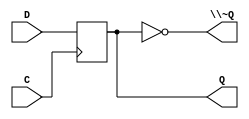
/*
 * Generated by Digital. Don't modify this file!
 * Any changes will be lost if this file is regenerated.
 */
module DIG_D_FF_1bit
#(
    parameter Default = 0
)
(
   input D,
   input C,
   output Q,
   output \~Q
);
    reg state;

    assign Q = state;
    assign \~Q = ~state;

    always @ (posedge C) begin
        state <= D;
    end

    initial begin
        state = Default;
    end
endmodule


module Mux_2x1_NBits #(
    parameter Bits = 2
)
(
    input [0:0] sel,
    input [(Bits - 1):0] in_0,
    input [(Bits - 1):0] in_1,
    output reg [(Bits - 1):0] out
);
    always @ (*) begin
        case (sel)
            1'h0: out = in_0;
            1'h1: out = in_1;
            default:
                out = 'h0;
        endcase
    end
endmodule

module DIG_D_FF_Nbit
#(
    parameter Bits = 2,
    parameter Default = 0
)
(
   input [(Bits-1):0] D,
   input C,
   output [(Bits-1):0] Q,
   output [(Bits-1):0] \~Q
);
    reg [(Bits-1):0] state;

    assign Q = state;
    assign \~Q = ~state;

    always @ (posedge C) begin
        state <= D;
    end

    initial begin
        state = Default;
    end
endmodule


module reset (
  input A,
  input B,
  input P1,
  input P2,
  input CLK,
  output RST,
  output RSTP
);
  wire s0;
  wire RST_temp;
  // RESET
  DIG_D_FF_1bit #(
    .Default(0)
  )
  DIG_D_FF_1bit_i0 (
    .D( s0 ),
    .C( CLK ),
    .Q( RST_temp ),
    .\~Q ( RSTP )
  );
  assign s0 = ((RST_temp & A & P1) | (RST_temp & A & B) | (A & ~ B & P1 & P2) | (~ B & ~ P1 & RST_temp) | (~ B & ~ A & RST_temp));
  assign RST = RST_temp;
endmodule

module mux1 (
  input A,
  input B,
  input R,
  input P1,
  input P2,
  output [1:0] MX1
);
  assign MX1[0] = ((~ A & B & R) | (A & ~ B & P1 & ~ P2) | (A & ~ B & ~ P1));
  assign MX1[1] = ((A & ~ B & ~ P1) | (A & ~ B & P2));
endmodule

module mux2 (
  input A,
  input B,
  input P1,
  input P2,
  output [1:0] MX2
);
  wire s0;
  wire s1;
  assign s1 = ~ B;
  assign s0 = (A & s1 & ~ P1);
  assign MX2[0] = (s0 | (A & s1 & ~ P2));
  assign MX2[1] = (s0 | (A & s1 & P2));
endmodule

module controller (
  input [3:0] DATA,
  input DA,
  input CLK,
  output [1:0] MUX1,
  output [1:0] MUX2
);
  wire s0;
  wire s1;
  wire s2;
  wire s3;
  wire s4;
  wire s5;
  wire s6;
  wire s7;
  wire s8;
  wire s9;
  wire s10;
  wire s11;
  wire s12;
  wire [3:0] s13;
  wire [3:0] s14;
  wire s15;
  wire s16;
  wire s17;
  // A
  DIG_D_FF_1bit #(
    .Default(0)
  )
  DIG_D_FF_1bit_i0 (
    .D( s0 ),
    .C( CLK ),
    .Q( s1 ),
    .\~Q ( s2 )
  );
  // B
  DIG_D_FF_1bit #(
    .Default(0)
  )
  DIG_D_FF_1bit_i1 (
    .D( s3 ),
    .C( CLK ),
    .Q( s4 ),
    .\~Q ( s5 )
  );
  assign s0 = ((s1 & DA) | s4);
  assign s3 = (s2 & DA & s5);
  // A
  DIG_D_FF_1bit #(
    .Default(0)
  )
  DIG_D_FF_1bit_i2 (
    .D( s6 ),
    .C( CLK ),
    .Q( s7 ),
    .\~Q ( s8 )
  );
  // B
  DIG_D_FF_1bit #(
    .Default(0)
  )
  DIG_D_FF_1bit_i3 (
    .D( s9 ),
    .C( CLK ),
    .Q( s10 ),
    .\~Q ( s11 )
  );
  Mux_2x1_NBits #(
    .Bits(4)
  )
  Mux_2x1_NBits_i4 (
    .sel( s12 ),
    .in_0( s13 ),
    .in_1( DATA ),
    .out( s14 )
  );
  DIG_D_FF_Nbit #(
    .Bits(4),
    .Default(0)
  )
  DIG_D_FF_Nbit_i5 (
    .D( s14 ),
    .C( CLK ),
    .Q( s13 )
  );
  reset reset_i6 (
    .A( s7 ),
    .B( s10 ),
    .P1( s15 ),
    .P2( s16 ),
    .CLK( CLK ),
    .RST( s17 )
  );
  assign s6 = (s7 ^ s10);
  assign s9 = ((s7 | (s4 & (s11 & s8))) & s11);
  assign s12 = (s10 & s8);
  assign s15 = (s13[3] & s13[2] & s13[1]);
  assign s16 = s13[0];
  mux1 mux1_i7 (
    .A( s7 ),
    .B( s10 ),
    .R( s17 ),
    .P1( s15 ),
    .P2( s16 ),
    .MX1( MUX1 )
  );
  mux2 mux2_i8 (
    .A( s7 ),
    .B( s10 ),
    .P1( s15 ),
    .P2( s16 ),
    .MX2( MUX2 )
  );
endmodule

module register4bit (
  input [3:0] \D[3:0] ,
  input CLK,
  output [3:0] \Q[3:0] 
);
  wire s0;
  wire s1;
  wire s2;
  wire s3;
  wire s4;
  wire s5;
  wire s6;
  wire s7;
  assign s0 = \D[3:0] [0];
  assign s2 = \D[3:0] [1];
  assign s3 = \D[3:0] [2];
  assign s4 = \D[3:0] [3];
  DIG_D_FF_1bit #(
    .Default(0)
  )
  DIG_D_FF_1bit_i0 (
    .D( s0 ),
    .C( CLK ),
    .Q( s1 )
  );
  DIG_D_FF_1bit #(
    .Default(0)
  )
  DIG_D_FF_1bit_i1 (
    .D( s2 ),
    .C( CLK ),
    .Q( s5 )
  );
  DIG_D_FF_1bit #(
    .Default(0)
  )
  DIG_D_FF_1bit_i2 (
    .D( s3 ),
    .C( CLK ),
    .Q( s6 )
  );
  DIG_D_FF_1bit #(
    .Default(0)
  )
  DIG_D_FF_1bit_i3 (
    .D( s4 ),
    .C( CLK ),
    .Q( s7 )
  );
  assign \Q[3:0] [0] = s1;
  assign \Q[3:0] [1] = s5;
  assign \Q[3:0] [2] = s6;
  assign \Q[3:0] [3] = s7;
endmodule

module Mux_4x1_NBits #(
    parameter Bits = 2
)
(
    input [1:0] sel,
    input [(Bits - 1):0] in_0,
    input [(Bits - 1):0] in_1,
    input [(Bits - 1):0] in_2,
    input [(Bits - 1):0] in_3,
    output reg [(Bits - 1):0] out
);
    always @ (*) begin
        case (sel)
            2'h0: out = in_0;
            2'h1: out = in_1;
            2'h2: out = in_2;
            2'h3: out = in_3;
            default:
                out = 'h0;
        endcase
    end
endmodule


module fulladder (
  input A,
  input B,
  input Cin,
  output Cout,
  output SUM
);
  wire s0;
  assign s0 = (A ^ B);
  assign SUM = (s0 ^ Cin);
  assign Cout = ((A & B) | (s0 & Cin));
endmodule

module \4bitadder  (
  input [3:0] A,
  input [3:0] B,
  input Cin,
  output Cout,
  output [3:0] SUM
);
  wire s0;
  wire s1;
  wire s2;
  wire s3;
  wire s4;
  wire s5;
  wire s6;
  wire s7;
  wire s8;
  wire s9;
  wire s10;
  wire s11;
  wire s12;
  wire s13;
  wire s14;
  assign s0 = A[0];
  assign s1 = A[1];
  assign s2 = A[2];
  assign s3 = A[3];
  assign s4 = B[0];
  assign s5 = B[1];
  assign s6 = B[2];
  assign s7 = B[3];
  fulladder fulladder_i0 (
    .A( s0 ),
    .B( s4 ),
    .Cin( Cin ),
    .Cout( s12 ),
    .SUM( s8 )
  );
  fulladder fulladder_i1 (
    .A( s1 ),
    .B( s5 ),
    .Cin( s12 ),
    .Cout( s13 ),
    .SUM( s9 )
  );
  fulladder fulladder_i2 (
    .A( s2 ),
    .B( s6 ),
    .Cin( s13 ),
    .Cout( s14 ),
    .SUM( s10 )
  );
  fulladder fulladder_i3 (
    .A( s3 ),
    .B( s7 ),
    .Cin( s14 ),
    .Cout( Cout ),
    .SUM( s11 )
  );
  assign SUM[0] = s8;
  assign SUM[1] = s9;
  assign SUM[2] = s10;
  assign SUM[3] = s11;
endmodule

module BCDadder (
  input [3:0] A,
  input [3:0] B,
  input Cin,
  output Cout,
  output [3:0] SUM
);
  wire [3:0] s0;
  wire s1;
  wire s2;
  wire [3:0] s3;
  \4bitadder  \4bitadder_i0 (
    .A( A ),
    .B( B ),
    .Cin( Cin ),
    .Cout( s1 ),
    .SUM( s0 )
  );
  assign s2 = ((s0[2] & s0[3]) | (s0[1] & s0[3]) | s1);
  assign s3[0] = 1'b0;
  assign s3[1] = s2;
  assign s3[2] = s2;
  assign s3[3] = 1'b0;
  \4bitadder  \4bitadder_i1 (
    .A( s0 ),
    .B( s3 ),
    .Cin( 1'b0 ),
    .Cout( Cout ),
    .SUM( SUM )
  );
endmodule

module calculator (
  input [3:0] DATA,
  input DA,
  input CLK,
  output [3:0] D0,
  output [3:0] D1,
  output [3:0] D2,
  output [3:0] D3,
  output [3:0] D4,
  output [3:0] D5,
  output [3:0] D6,
  output [3:0] D7
);
  wire [3:0] D0_temp;
  wire [3:0] D1_temp;
  wire [3:0] D2_temp;
  wire [3:0] D3_temp;
  wire [3:0] D4_temp;
  wire [3:0] D5_temp;
  wire [3:0] D6_temp;
  wire [3:0] D7_temp;
  wire [3:0] s0;
  wire [1:0] s1;
  wire [3:0] s2;
  wire [3:0] s3;
  wire [3:0] s4;
  wire [3:0] s5;
  wire [3:0] s6;
  wire [3:0] s7;
  wire [3:0] s8;
  wire [3:0] s9;
  wire [3:0] s10;
  wire [3:0] s11;
  wire [3:0] s12;
  wire [3:0] s13;
  wire [3:0] s14;
  wire [3:0] s15;
  wire [3:0] s16;
  wire [3:0] s17;
  wire [3:0] s18;
  wire [3:0] s19;
  wire [3:0] s20;
  wire [3:0] s21;
  wire [3:0] s22;
  wire [3:0] s23;
  wire [3:0] s24;
  wire [3:0] s25;
  wire [3:0] s26;
  wire [1:0] s27;
  wire [3:0] s28;
  wire [3:0] s29;
  wire [3:0] s30;
  wire [3:0] s31;
  wire [3:0] s32;
  wire [3:0] s33;
  wire [3:0] s34;
  wire [3:0] s35;
  wire [3:0] s36;
  wire [3:0] s37;
  wire [3:0] s38;
  wire [3:0] s39;
  wire [3:0] s40;
  wire [3:0] s41;
  wire [3:0] s42;
  wire [3:0] s43;
  wire [3:0] s44;
  wire [3:0] s45;
  wire [3:0] s46;
  wire [3:0] s47;
  wire [3:0] s48;
  wire [3:0] s49;
  wire s50;
  wire s51;
  wire s52;
  wire s53;
  wire s54;
  wire s55;
  wire s56;
  controller controller_i0 (
    .DATA( DATA ),
    .DA( DA ),
    .CLK( CLK ),
    .MUX1( s1 ),
    .MUX2( s27 )
  );
  assign s2[0] = 1'b0;
  assign s2[1] = 1'b0;
  assign s2[2] = 1'b0;
  assign s2[3] = 1'b0;
  assign s5[0] = 1'b0;
  assign s5[1] = 1'b0;
  assign s5[2] = 1'b0;
  assign s5[3] = 1'b0;
  assign s8[0] = 1'b0;
  assign s8[1] = 1'b0;
  assign s8[2] = 1'b0;
  assign s8[3] = 1'b0;
  assign s11[0] = 1'b0;
  assign s11[1] = 1'b0;
  assign s11[2] = 1'b0;
  assign s11[3] = 1'b0;
  assign s14[0] = 1'b0;
  assign s14[1] = 1'b0;
  assign s14[2] = 1'b0;
  assign s14[3] = 1'b0;
  assign s17[0] = 1'b0;
  assign s17[1] = 1'b0;
  assign s17[2] = 1'b0;
  assign s17[3] = 1'b0;
  assign s20[0] = 1'b0;
  assign s20[1] = 1'b0;
  assign s20[2] = 1'b0;
  assign s20[3] = 1'b0;
  assign s23[0] = 1'b0;
  assign s23[1] = 1'b0;
  assign s23[2] = 1'b0;
  assign s23[3] = 1'b0;
  assign s28[0] = 1'b0;
  assign s28[1] = 1'b0;
  assign s28[2] = 1'b0;
  assign s28[3] = 1'b0;
  assign s49[0] = 1'b0;
  assign s49[1] = 1'b0;
  assign s49[2] = 1'b0;
  assign s49[3] = 1'b0;
  assign s31[0] = 1'b0;
  assign s31[1] = 1'b0;
  assign s31[2] = 1'b0;
  assign s31[3] = 1'b0;
  assign s34[0] = 1'b0;
  assign s34[1] = 1'b0;
  assign s34[2] = 1'b0;
  assign s34[3] = 1'b0;
  assign s37[0] = 1'b0;
  assign s37[1] = 1'b0;
  assign s37[2] = 1'b0;
  assign s37[3] = 1'b0;
  assign s40[0] = 1'b0;
  assign s40[1] = 1'b0;
  assign s40[2] = 1'b0;
  assign s40[3] = 1'b0;
  assign s43[0] = 1'b0;
  assign s43[1] = 1'b0;
  assign s43[2] = 1'b0;
  assign s43[3] = 1'b0;
  assign s46[0] = 1'b0;
  assign s46[1] = 1'b0;
  assign s46[2] = 1'b0;
  assign s46[3] = 1'b0;
  register4bit register4bit_i1 (
    .\D[3:0] ( s0 ),
    .CLK( CLK ),
    .\Q[3:0] ( D0_temp )
  );
  Mux_4x1_NBits #(
    .Bits(4)
  )
  Mux_4x1_NBits_i2 (
    .sel( s1 ),
    .in_0( D0_temp ),
    .in_1( s2 ),
    .in_2( s3 ),
    .in_3( DATA ),
    .out( s0 )
  );
  register4bit register4bit_i3 (
    .\D[3:0] ( s4 ),
    .CLK( CLK ),
    .\Q[3:0] ( D1_temp )
  );
  Mux_4x1_NBits #(
    .Bits(4)
  )
  Mux_4x1_NBits_i4 (
    .sel( s1 ),
    .in_0( D1_temp ),
    .in_1( s5 ),
    .in_2( s6 ),
    .in_3( D0_temp ),
    .out( s4 )
  );
  register4bit register4bit_i5 (
    .\D[3:0] ( s7 ),
    .CLK( CLK ),
    .\Q[3:0] ( D2_temp )
  );
  Mux_4x1_NBits #(
    .Bits(4)
  )
  Mux_4x1_NBits_i6 (
    .sel( s1 ),
    .in_0( D2_temp ),
    .in_1( s8 ),
    .in_2( s9 ),
    .in_3( D1_temp ),
    .out( s7 )
  );
  register4bit register4bit_i7 (
    .\D[3:0] ( s10 ),
    .CLK( CLK ),
    .\Q[3:0] ( D3_temp )
  );
  Mux_4x1_NBits #(
    .Bits(4)
  )
  Mux_4x1_NBits_i8 (
    .sel( s1 ),
    .in_0( D3_temp ),
    .in_1( s11 ),
    .in_2( s12 ),
    .in_3( D2_temp ),
    .out( s10 )
  );
  register4bit register4bit_i9 (
    .\D[3:0] ( s13 ),
    .CLK( CLK ),
    .\Q[3:0] ( D4_temp )
  );
  Mux_4x1_NBits #(
    .Bits(4)
  )
  Mux_4x1_NBits_i10 (
    .sel( s1 ),
    .in_0( D4_temp ),
    .in_1( s14 ),
    .in_2( s15 ),
    .in_3( D3_temp ),
    .out( s13 )
  );
  register4bit register4bit_i11 (
    .\D[3:0] ( s16 ),
    .CLK( CLK ),
    .\Q[3:0] ( D5_temp )
  );
  Mux_4x1_NBits #(
    .Bits(4)
  )
  Mux_4x1_NBits_i12 (
    .sel( s1 ),
    .in_0( D5_temp ),
    .in_1( s17 ),
    .in_2( s18 ),
    .in_3( D4_temp ),
    .out( s16 )
  );
  register4bit register4bit_i13 (
    .\D[3:0] ( s19 ),
    .CLK( CLK ),
    .\Q[3:0] ( D6_temp )
  );
  Mux_4x1_NBits #(
    .Bits(4)
  )
  Mux_4x1_NBits_i14 (
    .sel( s1 ),
    .in_0( D6_temp ),
    .in_1( s20 ),
    .in_2( s21 ),
    .in_3( D5_temp ),
    .out( s19 )
  );
  register4bit register4bit_i15 (
    .\D[3:0] ( s22 ),
    .CLK( CLK ),
    .\Q[3:0] ( D7_temp )
  );
  Mux_4x1_NBits #(
    .Bits(4)
  )
  Mux_4x1_NBits_i16 (
    .sel( s1 ),
    .in_0( D7_temp ),
    .in_1( s23 ),
    .in_2( s24 ),
    .in_3( D6_temp ),
    .out( s22 )
  );
  register4bit register4bit_i17 (
    .\D[3:0] ( s25 ),
    .CLK( CLK ),
    .\Q[3:0] ( s26 )
  );
  Mux_4x1_NBits #(
    .Bits(4)
  )
  Mux_4x1_NBits_i18 (
    .sel( s27 ),
    .in_0( s26 ),
    .in_1( s28 ),
    .in_2( s6 ),
    .in_3( s26 ),
    .out( s25 )
  );
  register4bit register4bit_i19 (
    .\D[3:0] ( s29 ),
    .CLK( CLK ),
    .\Q[3:0] ( s30 )
  );
  Mux_4x1_NBits #(
    .Bits(4)
  )
  Mux_4x1_NBits_i20 (
    .sel( s27 ),
    .in_0( s30 ),
    .in_1( s31 ),
    .in_2( s9 ),
    .in_3( s30 ),
    .out( s29 )
  );
  register4bit register4bit_i21 (
    .\D[3:0] ( s32 ),
    .CLK( CLK ),
    .\Q[3:0] ( s33 )
  );
  Mux_4x1_NBits #(
    .Bits(4)
  )
  Mux_4x1_NBits_i22 (
    .sel( s27 ),
    .in_0( s33 ),
    .in_1( s34 ),
    .in_2( s12 ),
    .in_3( s33 ),
    .out( s32 )
  );
  register4bit register4bit_i23 (
    .\D[3:0] ( s35 ),
    .CLK( CLK ),
    .\Q[3:0] ( s36 )
  );
  Mux_4x1_NBits #(
    .Bits(4)
  )
  Mux_4x1_NBits_i24 (
    .sel( s27 ),
    .in_0( s36 ),
    .in_1( s37 ),
    .in_2( s15 ),
    .in_3( s36 ),
    .out( s35 )
  );
  register4bit register4bit_i25 (
    .\D[3:0] ( s38 ),
    .CLK( CLK ),
    .\Q[3:0] ( s39 )
  );
  Mux_4x1_NBits #(
    .Bits(4)
  )
  Mux_4x1_NBits_i26 (
    .sel( s27 ),
    .in_0( s39 ),
    .in_1( s40 ),
    .in_2( s18 ),
    .in_3( s39 ),
    .out( s38 )
  );
  register4bit register4bit_i27 (
    .\D[3:0] ( s41 ),
    .CLK( CLK ),
    .\Q[3:0] ( s42 )
  );
  Mux_4x1_NBits #(
    .Bits(4)
  )
  Mux_4x1_NBits_i28 (
    .sel( s27 ),
    .in_0( s42 ),
    .in_1( s43 ),
    .in_2( s21 ),
    .in_3( s42 ),
    .out( s41 )
  );
  register4bit register4bit_i29 (
    .\D[3:0] ( s44 ),
    .CLK( CLK ),
    .\Q[3:0] ( s45 )
  );
  Mux_4x1_NBits #(
    .Bits(4)
  )
  Mux_4x1_NBits_i30 (
    .sel( s27 ),
    .in_0( s45 ),
    .in_1( s46 ),
    .in_2( s24 ),
    .in_3( s45 ),
    .out( s44 )
  );
  register4bit register4bit_i31 (
    .\D[3:0] ( s47 ),
    .CLK( CLK ),
    .\Q[3:0] ( s48 )
  );
  Mux_4x1_NBits #(
    .Bits(4)
  )
  Mux_4x1_NBits_i32 (
    .sel( s27 ),
    .in_0( s48 ),
    .in_1( s49 ),
    .in_2( s3 ),
    .in_3( s48 ),
    .out( s47 )
  );
  BCDadder BCDadder_i33 (
    .A( D0_temp ),
    .B( s48 ),
    .Cin( 1'b0 ),
    .Cout( s50 ),
    .SUM( s3 )
  );
  BCDadder BCDadder_i34 (
    .A( D1_temp ),
    .B( s26 ),
    .Cin( s50 ),
    .Cout( s51 ),
    .SUM( s6 )
  );
  BCDadder BCDadder_i35 (
    .A( D2_temp ),
    .B( s30 ),
    .Cin( s51 ),
    .Cout( s52 ),
    .SUM( s9 )
  );
  BCDadder BCDadder_i36 (
    .A( D3_temp ),
    .B( s33 ),
    .Cin( s52 ),
    .Cout( s53 ),
    .SUM( s12 )
  );
  BCDadder BCDadder_i37 (
    .A( D4_temp ),
    .B( s36 ),
    .Cin( s53 ),
    .Cout( s54 ),
    .SUM( s15 )
  );
  BCDadder BCDadder_i38 (
    .A( D5_temp ),
    .B( s39 ),
    .Cin( s54 ),
    .Cout( s55 ),
    .SUM( s18 )
  );
  BCDadder BCDadder_i39 (
    .A( D6_temp ),
    .B( s42 ),
    .Cin( s55 ),
    .Cout( s56 ),
    .SUM( s21 )
  );
  BCDadder BCDadder_i40 (
    .A( D7_temp ),
    .B( s45 ),
    .Cin( s56 ),
    .SUM( s24 )
  );
  assign D0 = D0_temp;
  assign D1 = D1_temp;
  assign D2 = D2_temp;
  assign D3 = D3_temp;
  assign D4 = D4_temp;
  assign D5 = D5_temp;
  assign D6 = D6_temp;
  assign D7 = D7_temp;
endmodule